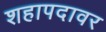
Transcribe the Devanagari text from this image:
शहापदावर